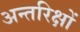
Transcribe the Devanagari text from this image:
अन्तरिक्षों